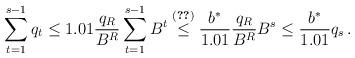
LaTeX: \begin{align*}\sum_{t=1}^{s-1}q_t\leq 1.01\frac{q_R}{B^R}\sum_{t=1}^{s-1}B^t\overset{\eqref{eq:b*}}{\leq}\frac{b^*}{1.01}\frac{q_R}{B^{R}}B^s\leq \frac{b^*}{1.01}q_s\,.\end{align*}